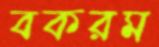
বকরম